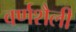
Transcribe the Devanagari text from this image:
वर्णशैली